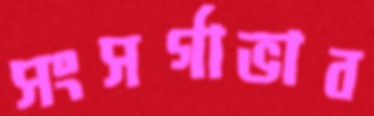
সংসর্গাভাব